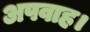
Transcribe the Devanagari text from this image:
अपवाह।